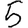
Digit: 5